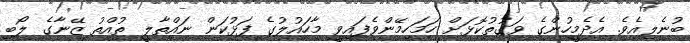
ބުނެލިއެވެ. އެދެމީހުންގެ ވަގުތުކޮޅަށް ހަމަހިމޭންވެފައިވީ މާހައުލުގެ ފަޅުކަން ނައްތާލީ ތުއްތު ޒޭނާގެ ލޯބި